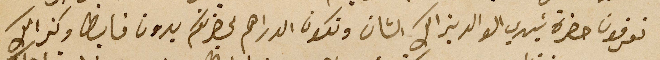
تعرفون حضرة سَيدي الوالد بذالك الشان وتكون الدراهم لحضرتكم بدون فايظ وكذالك